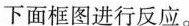
下面框图进行反应。